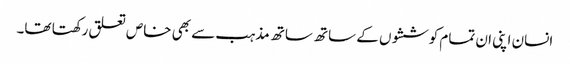
انسان اپنی ان تمام کوششوں کے ساتھ ساتھ مذہب سے بھی خاص تعلق رکھتا تھا۔